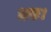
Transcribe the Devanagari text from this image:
भगः।